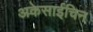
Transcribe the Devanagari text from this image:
अकेसाईचिन